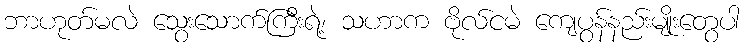
ဘာဟုတ်မလဲ သွေးသောက်ကြီးရဲ့၊ သဟာက ဗိုလ်ငမဲ ကျေပွန်နည်းမျိုးတွေပါ